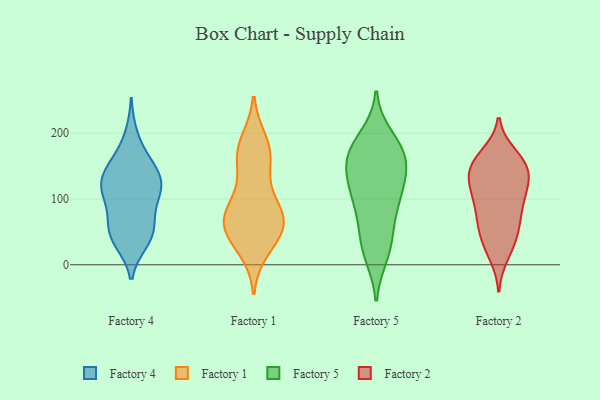
{"axis": {"x": "Conversion Rate (%)", "y": "Value"}, "legend": ["Factory 1", "Factory 2", "Factory 4", "Factory 5"], "data": [{"x": "", "y": 107, "type": "Factory 4"}, {"x": "", "y": 147, "type": "Factory 4"}, {"x": "", "y": 118, "type": "Factory 4"}, {"x": "", "y": 36, "type": "Factory 4"}, {"x": "", "y": 128, "type": "Factory 4"}, {"x": "", "y": 35, "type": "Factory 4"}, {"x": "", "y": 53, "type": "Factory 4"}, {"x": "", "y": 113, "type": "Factory 4"}, {"x": "", "y": 64, "type": "Factory 4"}, {"x": "", "y": 83, "type": "Factory 4"}, {"x": "", "y": 197, "type": "Factory 4"}, {"x": "", "y": 157, "type": "Factory 4"}, {"x": "", "y": 114, "type": "Factory 4"}, {"x": "", "y": 115, "type": "Factory 4"}, {"x": "", "y": 58, "type": "Factory 4"}, {"x": "", "y": 157, "type": "Factory 4"}, {"x": "", "y": 138, "type": "Factory 4"}, {"x": "", "y": 42, "type": "Factory 4"}, {"x": "", "y": 72, "type": "Factory 1"}, {"x": "", "y": 51, "type": "Factory 1"}, {"x": "", "y": 65, "type": "Factory 1"}, {"x": "", "y": 66, "type": "Factory 1"}, {"x": "", "y": 96, "type": "Factory 1"}, {"x": "", "y": 31, "type": "Factory 1"}, {"x": "", "y": 169, "type": "Factory 1"}, {"x": "", "y": 182, "type": "Factory 1"}, {"x": "", "y": 158, "type": "Factory 1"}, {"x": "", "y": 188, "type": "Factory 1"}, {"x": "", "y": 109, "type": "Factory 1"}, {"x": "", "y": 65, "type": "Factory 1"}, {"x": "", "y": 23, "type": "Factory 1"}, {"x": "", "y": 154, "type": "Factory 1"}, {"x": "", "y": 73, "type": "Factory 1"}, {"x": "", "y": 57, "type": "Factory 1"}, {"x": "", "y": 109, "type": "Factory 5"}, {"x": "", "y": 96, "type": "Factory 5"}, {"x": "", "y": 163, "type": "Factory 5"}, {"x": "", "y": 72, "type": "Factory 5"}, {"x": "", "y": 63, "type": "Factory 5"}, {"x": "", "y": 194, "type": "Factory 5"}, {"x": "", "y": 152, "type": "Factory 5"}, {"x": "", "y": 27, "type": "Factory 5"}, {"x": "", "y": 15, "type": "Factory 5"}, {"x": "", "y": 129, "type": "Factory 5"}, {"x": "", "y": 27, "type": "Factory 5"}, {"x": "", "y": 180, "type": "Factory 5"}, {"x": "", "y": 173, "type": "Factory 5"}, {"x": "", "y": 120, "type": "Factory 5"}, {"x": "", "y": 116, "type": "Factory 5"}, {"x": "", "y": 163, "type": "Factory 5"}, {"x": "", "y": 165, "type": "Factory 5"}, {"x": "", "y": 15, "type": "Factory 2"}, {"x": "", "y": 135, "type": "Factory 2"}, {"x": "", "y": 51, "type": "Factory 2"}, {"x": "", "y": 104, "type": "Factory 2"}, {"x": "", "y": 167, "type": "Factory 2"}, {"x": "", "y": 144, "type": "Factory 2"}, {"x": "", "y": 65, "type": "Factory 2"}, {"x": "", "y": 160, "type": "Factory 2"}, {"x": "", "y": 94, "type": "Factory 2"}, {"x": "", "y": 161, "type": "Factory 2"}, {"x": "", "y": 30, "type": "Factory 2"}, {"x": "", "y": 67, "type": "Factory 2"}, {"x": "", "y": 33, "type": "Factory 2"}, {"x": "", "y": 69, "type": "Factory 2"}, {"x": "", "y": 107, "type": "Factory 2"}, {"x": "", "y": 150, "type": "Factory 2"}, {"x": "", "y": 144, "type": "Factory 2"}, {"x": "", "y": 104, "type": "Factory 2"}, {"x": "", "y": 133, "type": "Factory 2"}, {"x": "", "y": 124, "type": "Factory 2"}]}